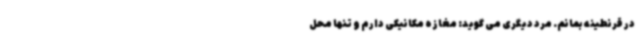
در قرنطینه بمانم. مرد دیگری می گوید: مغازه مکانیکی دارم و تنها محل